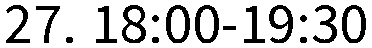
27. 18:00-19:30